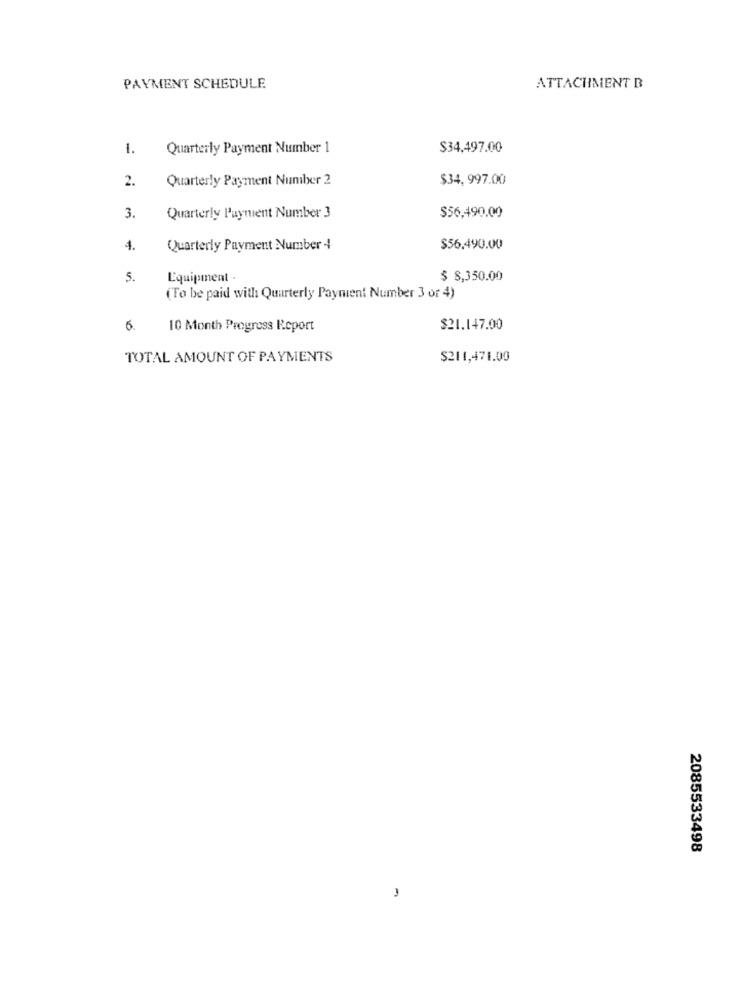
PAYMENT SCHEDULE
ATTACHMENT B
1.
Quarterly Payment Number 1
$34,497.00
2.
Quarterly Payment Number 2
$34, 997.00
3.
Quarterly Payment Number 3
$56,490.00
4.
Quarterly Payment Number 4
$56.490.00
5.
Equipment .
$ 8,350.00
(To be paid with Quarterly Payment Number 3 or 4)
6.
10 Month Progress Report
$21.147.00
TOTAL AMOUNT OF PAYMENTS
$211,471.00
2085533498
3